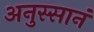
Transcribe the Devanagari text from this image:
अनुस्सानं